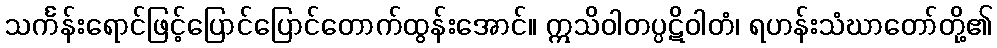
သင်္ကန်းရောင်ဖြင့်ပြောင်ပြောင်တောက်ထွန်းအောင်။ ဣသိဝါတပ္ပဋိဝါတံ၊ ရဟန်းသံဃာတော်တို့၏